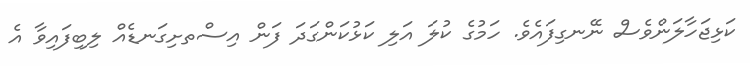
ކަޅިޖަހާލަންވެސް ނޭނގިފައެވެ. ހަމުގެ ކުލަ އަލި ކަޅުކަންގަދަ ފަން އިސްތށިގަނޑެއް ލިބިފައިވާ އެ